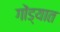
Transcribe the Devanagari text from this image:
गोंड्यात